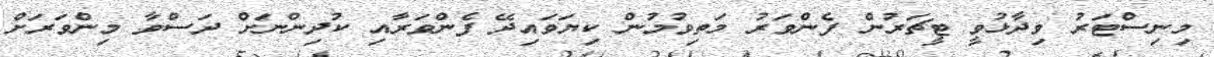
މިނިސްޓަރު ވިދާޅުވީ ޓީޗަރުން ފެންވަރު މަތިވުމުން ކިޔަވައިދޭ ފެންވަރާއި ކުދިންނަށް ދަސްވާ މިންވަރަށް